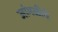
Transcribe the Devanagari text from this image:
जांभळीचे